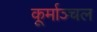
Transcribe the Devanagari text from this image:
कूर्माञ्चल